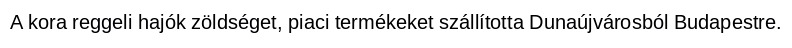
A kora reggeli hajók zöldséget, piaci termékeket szállította Dunaújvárosból Budapestre.